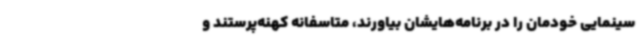
سینمایی خودمان را در برنامه‌هایشان بیاورند، متاسفانه کهنه‌پرستند و